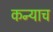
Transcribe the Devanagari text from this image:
कन्याच